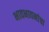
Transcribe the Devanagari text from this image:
भावभावनांचा